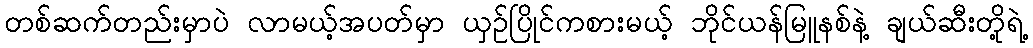
တစ်ဆက်တည်းမှာပဲ လာမယ့်အပတ်မှာ ယှဉ်ပြိုင်ကစားမယ့် ဘိုင်ယန်မြူနစ်နဲ့ ချယ်ဆီးတို့ရဲ့